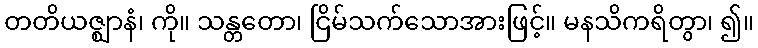
တတိယဇ္ဈာနံ၊ ကို။ သန္တတော၊ ငြိမ်သက်သောအားဖြင့်။ မနသိကရိတွာ၊ ၍။